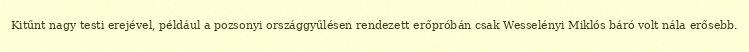
Kitűnt nagy testi erejével, például a pozsonyi országgyűlésen rendezett erőpróbán csak Wesselényi Miklós báró volt nála erősebb.